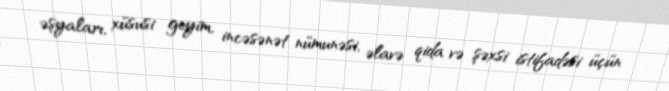
əşyaları, xüsusi geyim, incəsənət nümunəsi, əlavə qida və şəxsi istifadəsi üçün